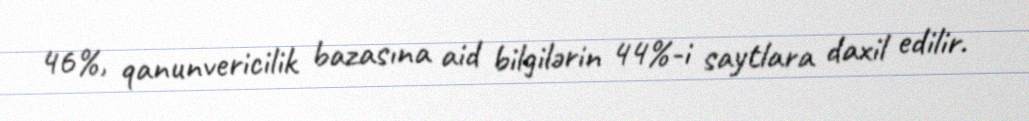
46%, qanunvericilik bazasına aid bilgilərin 44%-i saytlara daxil edilir.